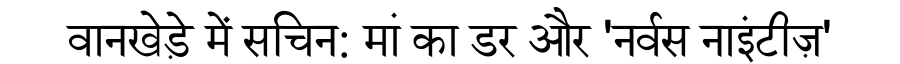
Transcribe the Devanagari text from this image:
वानखेड़े में सचिन: मां का डर और 'नर्वस नाइंटीज़'